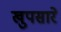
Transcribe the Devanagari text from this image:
खुपसारे